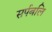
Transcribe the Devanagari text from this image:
सर्पबलि